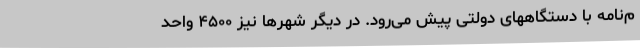
م‌نامه با دستگاههای دولتی پیش می‌رود. در دیگر شهرها نیز ۴۵۰۰ واحد